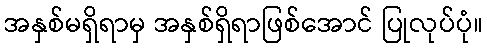
အနှစ်မရှိရာမှ အနှစ်ရှိရာဖြစ်အောင် ပြုလုပ်ပုံ။